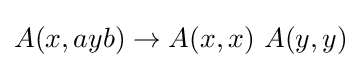
A(x,ayb)\to A(x,x)\ A(y,y)